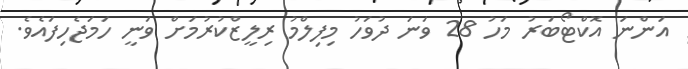
އަންނަ އޮކްޓޯބަރު މަހު 28 ވަނަ ދުވަހު މިފިލްމު ރިލީޒްކުރުމަށް ވަނީ ހަމަޖެހިފައެވެ.